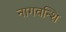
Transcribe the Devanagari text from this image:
नागवन्शि